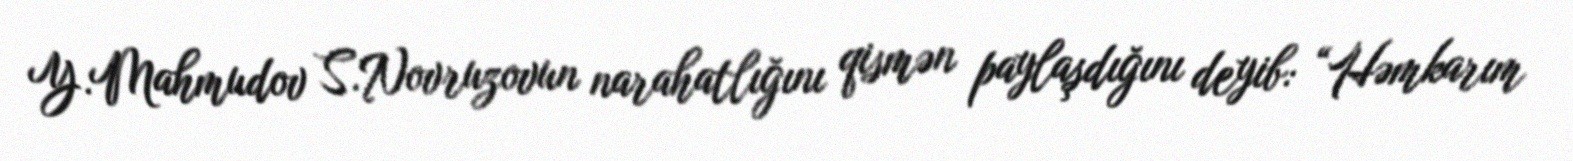
Y.Mahmudov S.Novruzovun narahatlığını qismən paylaşdığını deyib: “Həmkarım